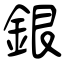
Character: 銀